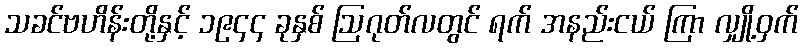
သခင်ဗဟိန်းတို့နှင့် ၁၉၄၄ ခုနှစ် ဩဂုတ်လတွင် ရက် အနည်းငယ် ကြာ လျှို့ဝှက်